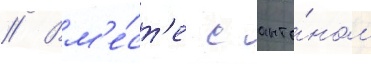
// Вм'е́ст'е с анто́ном